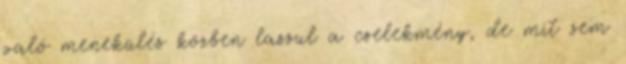
való menekülés közben lassul a cselekmény, de mit sem